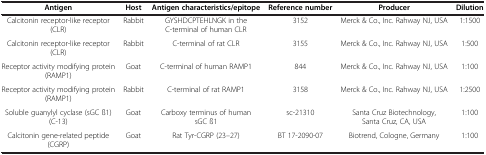
<table><thead><tr><td><b>Antigen</b></td><td><b>Host</b></td><td><b>Antigen characteristics/epitope</b></td><td><b>Reference number</b></td><td><b>Producer</b></td><td><b>Dilution</b></td></tr></thead><tbody><tr><td>Calcitonin receptor-like receptor (CLR)</td><td>Rabbit</td><td>GYSHDCPTEHLNGK in the C-terminal of human CLR</td><td>3152</td><td>Merck &amp; Co., Inc. Rahway NJ, USA</td><td>1:1500</td></tr><tr><td>Calcitonin receptor-like receptor (CLR)</td><td>Rabbit</td><td>C-terminal of rat CLR</td><td>3155</td><td>Merck &amp; Co., Inc. Rahway NJ, USA</td><td>1:500</td></tr><tr><td>Receptor activity modifying protein (RAMP1)</td><td>Goat</td><td>C-terminal of human RAMP1</td><td>844</td><td>Merck &amp; Co., Inc. Rahway NJ, USA</td><td>1:100</td></tr><tr><td>Receptor activity modifying protein (RAMP1)</td><td>Rabbit</td><td>C-terminal of rat RAMP1</td><td>3158</td><td>Merck &amp; Co., Inc. Rahway NJ, USA</td><td>1:2500</td></tr><tr><td>Soluble guanylyl cyclase (sGC ß1) (C-13)</td><td>Goat</td><td>Carboxy terminus of human sGC ß1</td><td>sc-21310</td><td>Santa Cruz Biotechnology, Santa Cruz, CA, USA</td><td>1:100</td></tr><tr><td>Calcitonin gene-related peptide (CGRP)</td><td>Goat</td><td>Rat Tyr-CGRP (23–27)</td><td>BT 17-2090-07</td><td>Biotrend, Cologne, Germany</td><td>1:100</td></tr></tbody></table>